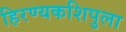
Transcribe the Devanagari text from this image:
हिरण्यकशिपुला